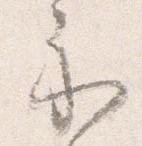
示